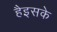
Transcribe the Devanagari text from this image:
हैइसके